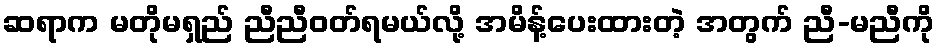
ဆရာက မတိုမရှည် ညီညီဝတ်ရမယ်လို့ အမိန့်ပေးထားတဲ့ အတွက် ညီ-မညီကို